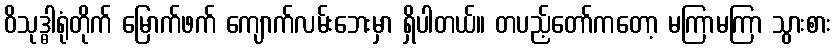
ဝိသုဒ္ဓါရုံတိုက် မြောက်ဖက် ကျောက်လမ်းဘေးမှာ ရှိပါတယ်။ တပည့်တော်ကတော့ မကြာမကြာ သွားစား